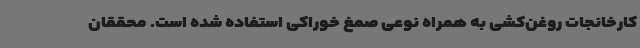
کارخانجات روغن‌کشی به همراه نوعی صمغ خوراکی استفاده شده است. محققان